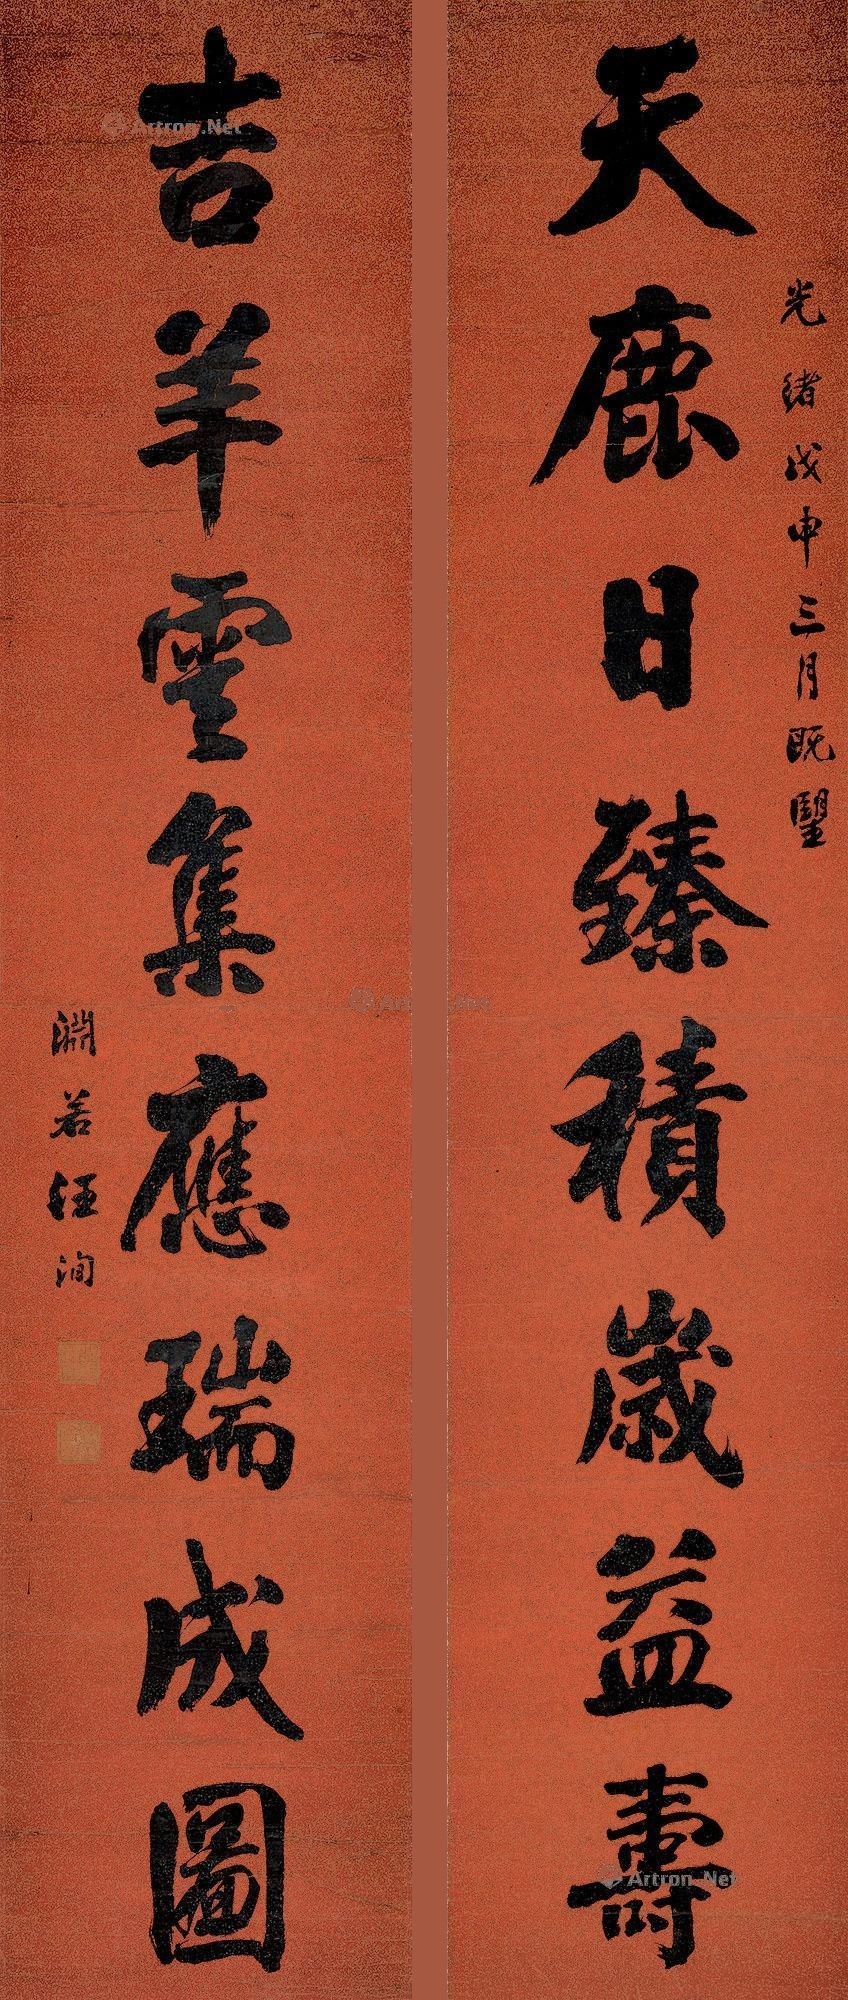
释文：天鹿日臻积岁益寿，吉羊云集应瑞成图。光绪戊申三月既望，渊若汪洵。